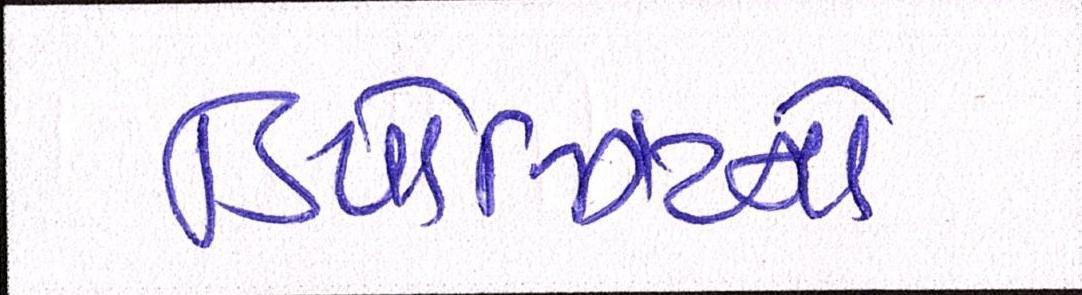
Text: ડિપોઝિટનો